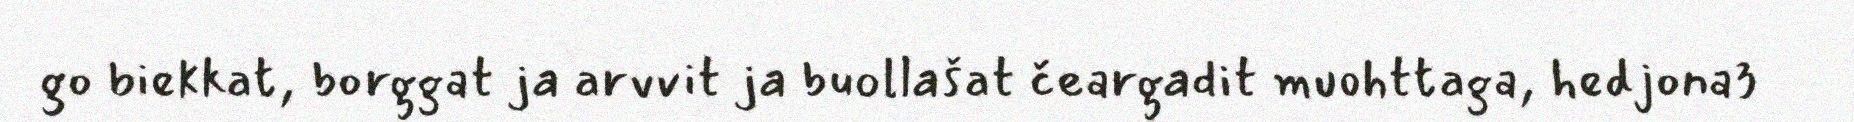
go biekkat, borggat ja arvvit ja buollašat čeargadit muohttaga, hedjona3